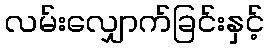
လမ်းလျှောက်ခြင်းနှင့်